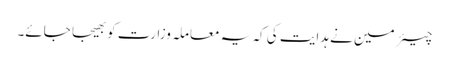
چیئرمین نے ہدایت کی کہ یہ معاملہ وزارت کو بھیجا جائے۔